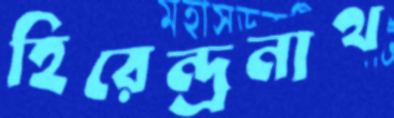
হিরেন্দ্রনাথ